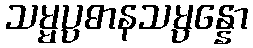
သမ္မပ္ပဓာနသမ္ပန္နော